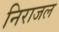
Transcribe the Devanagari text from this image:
निराजल